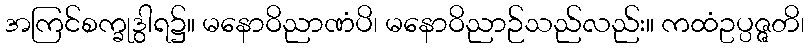
အကြင်စက္ခုဒွါရ၌။ မနောဝိညာဏံပိ၊ မနောဝိညာဉ်သည်လည်း။ ကထံဥပ္ပဇ္ဇတိ၊